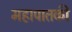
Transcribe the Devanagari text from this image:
महापातकी